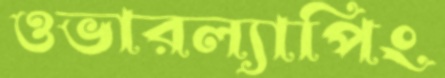
ওভারল্যাপিং